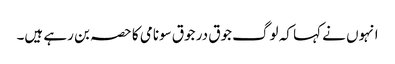
انہوں نے کہا کہ لوگ جوق در جوق سونامی کا حصہ بن رہے ہیں۔